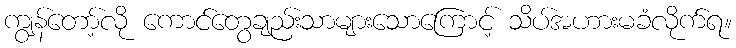
ကျွန်တော့်လို ကောင်တွေချည်းသာများသောကြောင့် သိပ်အဟားမခံလိုက်ရ။